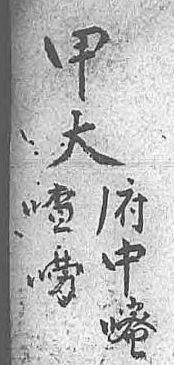
甲府大中 嘧 喳 嘮